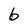
Character: b